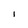
Character: 1